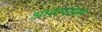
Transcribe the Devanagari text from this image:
आसपताल